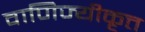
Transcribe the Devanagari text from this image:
वाणिज्यीकृत्त